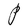
Character: P